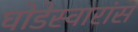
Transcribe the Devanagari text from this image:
घोडेस्वारांस